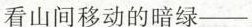
看山间移动的暗绿——